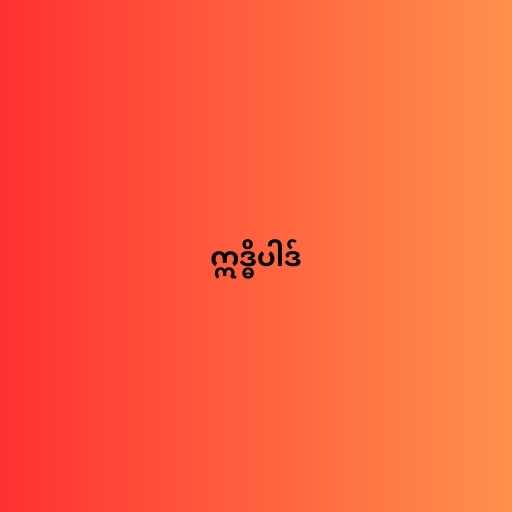
ဣဒ္ဓိပါဒ်